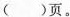
( )页。